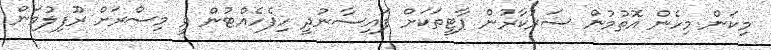
މިކަން މިހެން އޮތުމުން ސަރުކާރުން ޕާޓީތަކަށް ފައިސާނުދީ ހިފެހެއްޓުން ވީ މިސްރަށް ރޫފިލުވަން